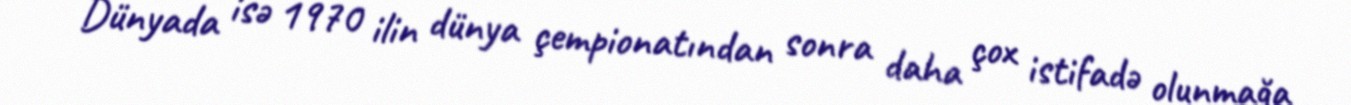
Dünyada isə 1970 ilin dünya çempionatından sonra daha çox istifadə olunmağa